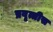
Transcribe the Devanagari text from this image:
प्रवृत्तीस